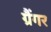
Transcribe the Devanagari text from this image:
ग्रैंगर